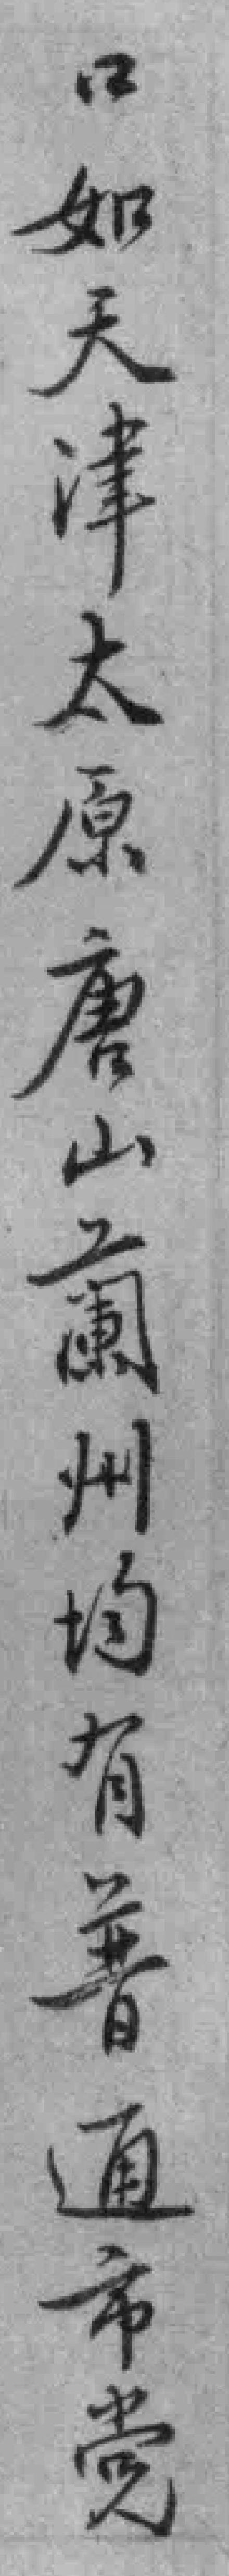
口如天津太原唐山𬞕州均有普通市党